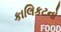
કાલિકટનો